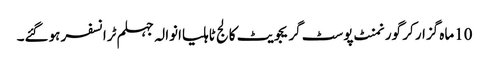
10ماہ گزار کر گورنمنٹ پوسٹ گریجویٹ کالج ٹاہلیاانوالہ جہلم ٹرانسفر ہوگئے۔